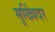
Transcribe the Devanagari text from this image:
सुख्विंदर